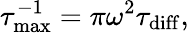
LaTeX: \tau_{\mathrm{max}}^{-1}=\pi\omega^{2}\tau_{\mathrm{diff}},